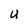
Character: U